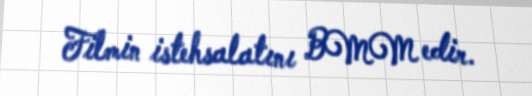
Filmin istehsalatını BMM edir.